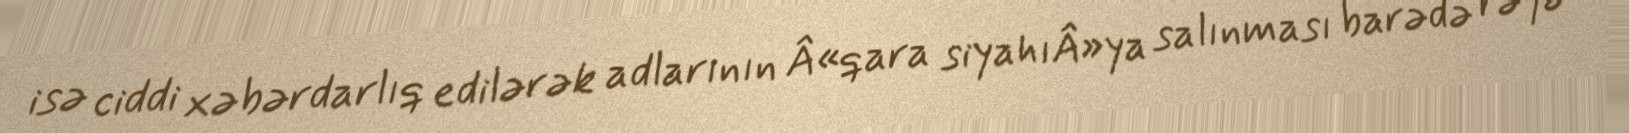
isə ciddi xəbərdarlıq edilərək adlarının Â«qara siyahıÂ»ya salınması barədə rəyə